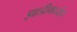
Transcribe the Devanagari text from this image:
झाडीमध्येच